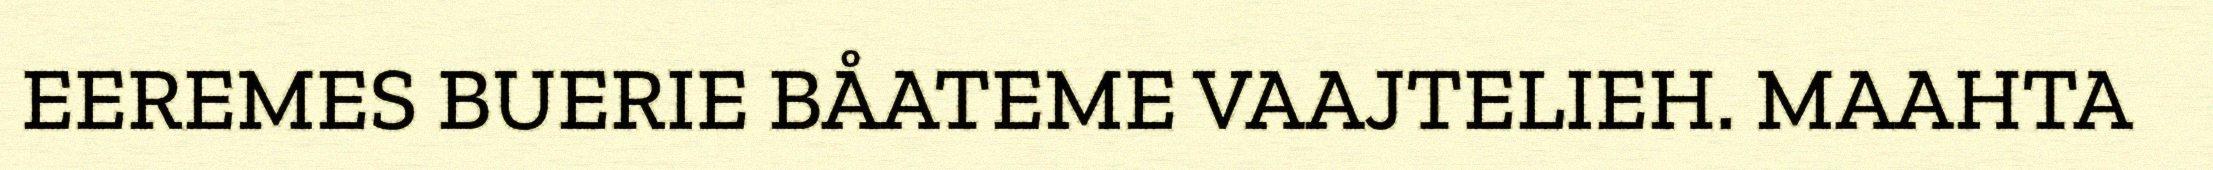
EEREMES BUERIE BÅATEME VAAJTELIEH. MAAHTA